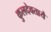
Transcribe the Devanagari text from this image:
कुलदेवतायै